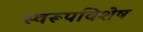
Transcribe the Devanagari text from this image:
स्वरूपविशेष